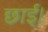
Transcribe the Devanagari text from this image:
छाई।